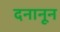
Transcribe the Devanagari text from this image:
दनानून